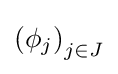
\left(\phi _{j}\right)_{j\in J}